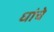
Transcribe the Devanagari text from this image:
धांचे